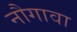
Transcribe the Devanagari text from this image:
नौगावा